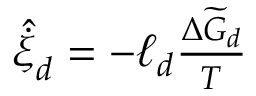
\begin{array} { r } { { \hat { \dot { \xi } } } _ { d } = - \ell _ { d } \frac { \Delta \widetilde { G } _ { d } } { T } } \end{array}